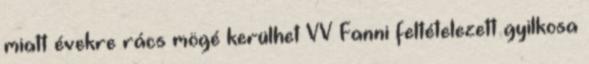
miatt évekre rács mögé kerülhet VV Fanni feltételezett gyilkosa